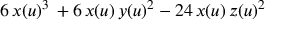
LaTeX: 6 \, x ( u ) ^ { 3 } \, + 6 \, x ( u ) \, y ( u ) ^ { 2 } - 2 4 \, x ( u ) \, z ( u ) ^ { 2 }